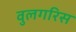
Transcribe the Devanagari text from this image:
वुलगरिस